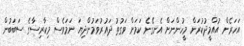
އަހަރެން އުއްމީދުކުރަން މީހުންނަށް އެނގޭނެ ކަމަށް ވަގުތު ދައުރުވަމުންދިޔަ ނަމަވެސް މިކާރިސާގެ ސަބަބުން